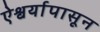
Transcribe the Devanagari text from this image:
ऐश्वर्यापासून